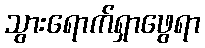
သွားရောက်ရှာဖွေရာ